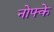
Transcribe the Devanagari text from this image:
नोफ्के